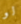
لو